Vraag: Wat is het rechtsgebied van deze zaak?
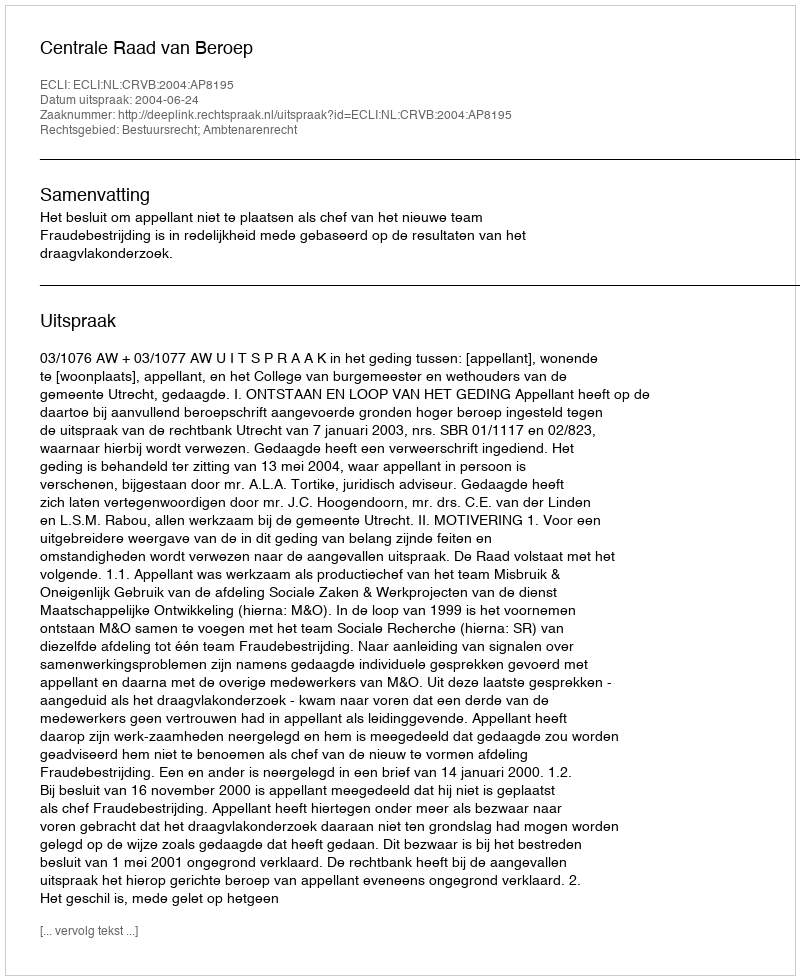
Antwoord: Bestuursrecht; Ambtenarenrecht